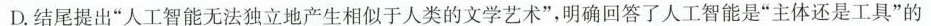
D.结尾提出”人工智能无法独立地产生相似于人类的文学艺术”，明确回答了人工智能是”主体还是工具”的